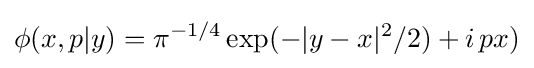
\phi (x,p|y)=\pi ^{-1/4}\exp(-|y-x|^{2}/2)+i\,px)